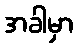
အခါမှာ